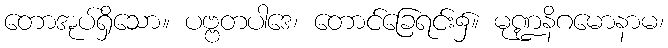
တောအုပ်ရှိသော။ ပဗ္ဗတပါဒေ၊ တောင်ခြေရင်း၌။ မုဏ္ဍနိဂမောနာမ၊